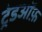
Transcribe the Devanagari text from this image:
ट्रेडऑफ़